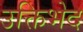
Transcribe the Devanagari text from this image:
उक्तिभेद